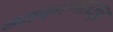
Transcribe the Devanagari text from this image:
व्याकरणतज्‍ज्ञ